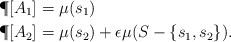
LaTeX: \begin{align*}\P[A_1] &= \mu(s_1) \\ \P[A_2] &= \mu(s_2) + \epsilon\mu(S- \{s_1,s_2\}).\end{align*}